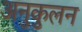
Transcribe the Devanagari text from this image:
अनुकुलन